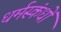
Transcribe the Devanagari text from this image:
धर्मस्कंधों